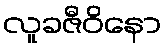
လူခဇီဝိနော